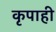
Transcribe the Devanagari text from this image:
कृपाही